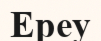
Ереу